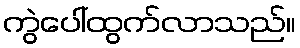
ကွဲပေါ်ထွက်လာသည်။